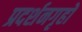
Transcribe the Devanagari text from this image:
प्रदर्शनगृहों